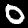
Label: 0